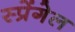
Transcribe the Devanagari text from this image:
स्प्रेंगेल